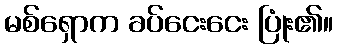
မစ်ရှောက ခပ်ငေးငေး ပြုံး၏။